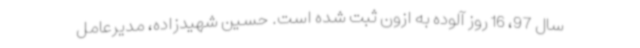
‌سال 97، 16 روز آلوده به ازون ثبت شده است. حسین شهیدزاده، مدیرعامل